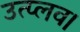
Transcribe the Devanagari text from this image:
उत्प्लव।